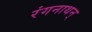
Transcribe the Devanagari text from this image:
रंगनाथन्‌